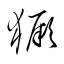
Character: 獗